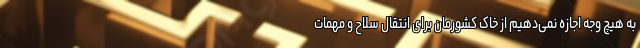
به هیچ وجه اجازه نمی‌دهیم از خاک کشورمان برای انتقال سلاح و مهمات